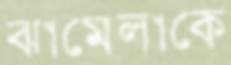
ঝামেলাকে